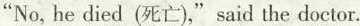
"No, he died (死亡),"said the doctor.